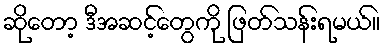
ဆိုတော့ ဒီအဆင့်တွေကို ဖြတ်သန်းရမယ်။